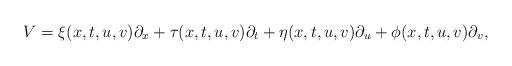
LaTeX: \begin{align*}V=\xi(x,t,u,v)\partial_x+\tau(x,t,u,v)\partial_t+\eta(x,t,u,v)\partial_u+\phi(x,t,u,v)\partial_v,\end{align*}